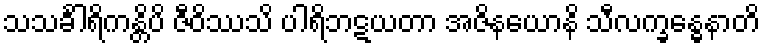
သသင်္ခါရိကန္တိပိ ဇီဝိဿသိ ပါရိဘဋယတာ အဇိနယောနိ သီလက္ခန္ဓေနာတိ